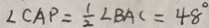
\angle C A P = \frac { 1 } { 2 } \angle B A C = 4 8 ^ { \circ }